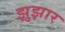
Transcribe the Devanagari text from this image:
झुझार